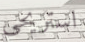
استريحي